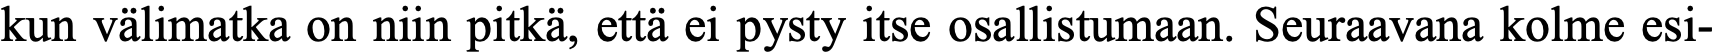
kun välimatka on niin pitkä, että ei pysty itse osallistumaan. Seuraavana kolme esi-